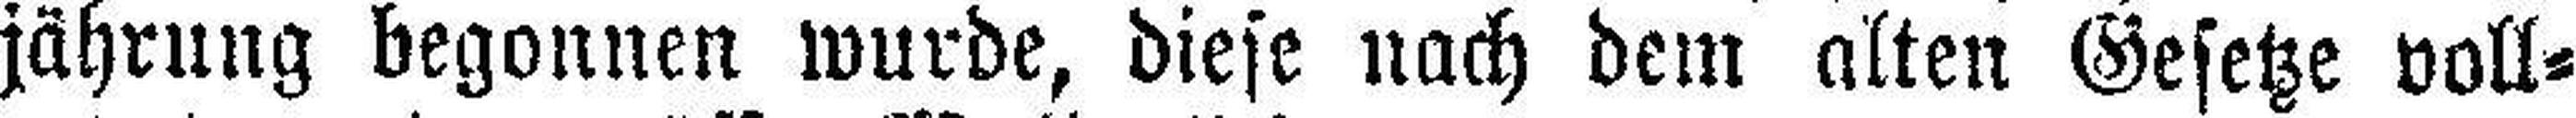
jährung begonnen wurde, diese nach dem alten Gesetze voll¬